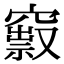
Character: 𥨒